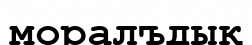
моралъдық